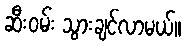
ဆီးဝမ်း သွားချင်လာမယ်။